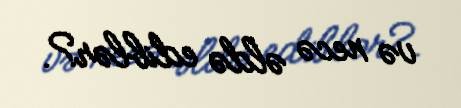
və necə əldə ediblər?.